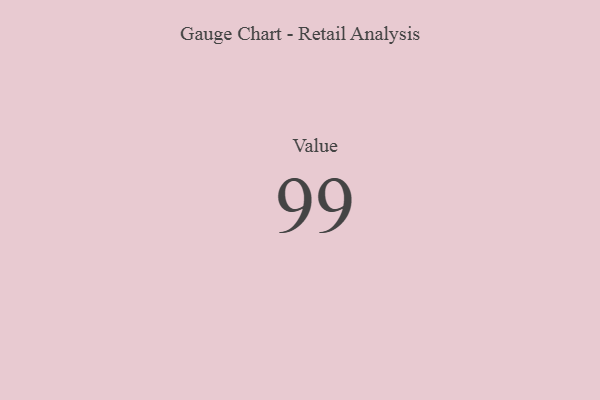
{"axis": {"x": "Metric", "y": "Value"}, "legend": [""], "data": [{"x": "Value", "y": 99, "type": ""}]}